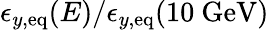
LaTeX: \epsilon_{y,\mathrm{eq}}(E)/\epsilon_{y,\mathrm{eq}}(10~\mathrm{GeV})